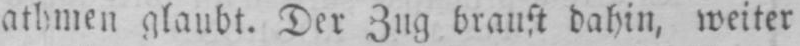
athmen glaubt. Der Zug braust dahin, weiter